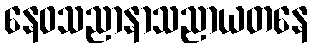
နေဝသညာနာသညာယတနေ